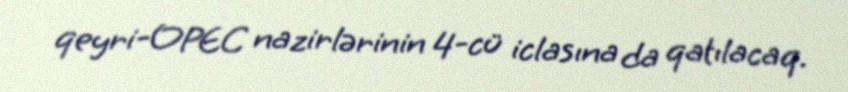
qeyri-OPEC nazirlərinin 4-cü iclasına da qatılacaq.